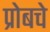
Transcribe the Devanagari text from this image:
प्रोबचे